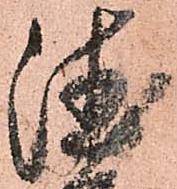
徳